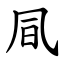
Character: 凬